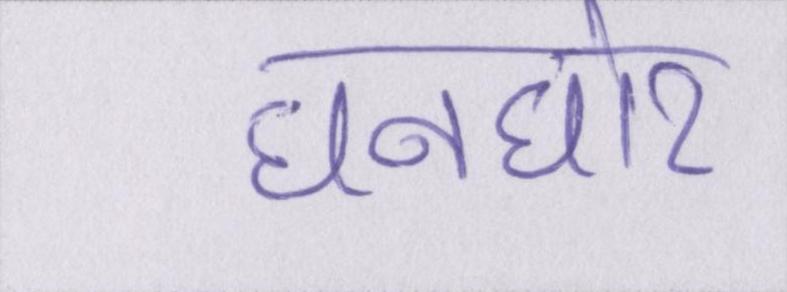
घनघोर